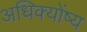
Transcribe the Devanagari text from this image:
अधिक्योंष्य